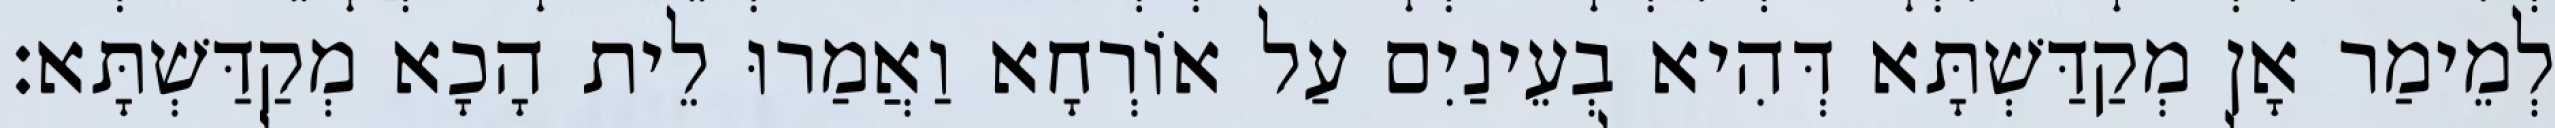
לְמֵימַר אָן מְקַדַּשְׁתָּא דְּהִיא בְעֵינַיִם עַל אוֹרְחָא וַאֲמַרוּ לֵית הָכָא מְקַדַּשְׁתָּא׃